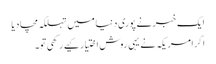
ایک خبر نے پوری دنیا میں تہلکہ مچا دیا
اگرامریکہ نے یہی روش اختیار کیے رکھی تو۔